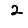
Digit: 2